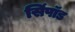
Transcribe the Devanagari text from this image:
सिंपॉड